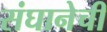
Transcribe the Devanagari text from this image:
संघानेची